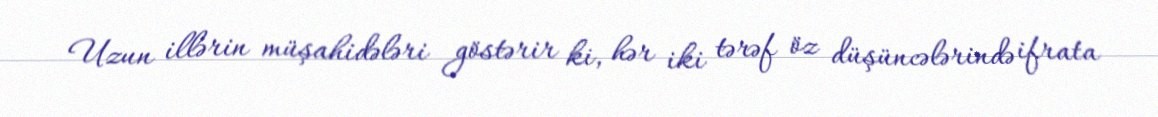
Uzun illərin müşahidələri göstərir ki, hər iki tərəf öz düşüncələrində ifrata